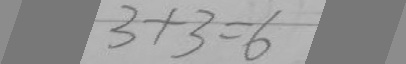
3 + 3 = 6